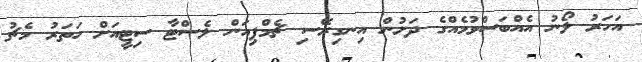
އަހަރު ލޯނު އެއްބަސްވުމެއްގެ ދަށުން އިނގިރޭސި ޗެމްޕިއަން ލެސްޓާ ސިޓީއަށް ހަތަރު މެޗު